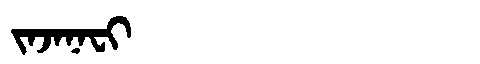
Manchu: ᠵᠠᠵᠠᠨᠠᠸᡳ
Romanization: JAJANAFI